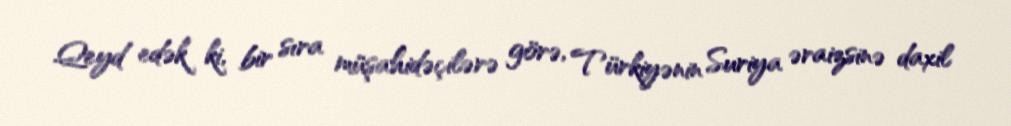
Qeyd edək ki, bir sıra müşahidəçilərə görə, Türkiyənin Suriya əraizsinə daxil